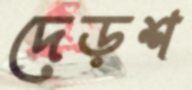
দেড়শ